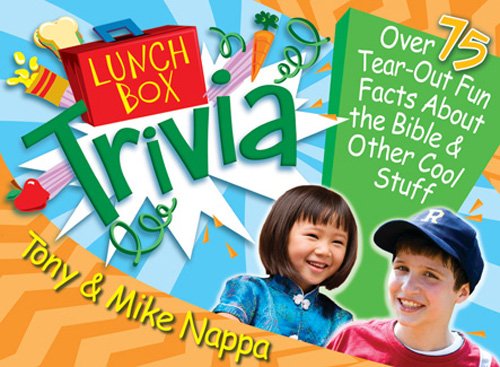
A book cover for Lunch Box Trivia: Over 75 Tear-Out Fun Facts About the Bible & Other Cool Stuff (Lunch Box Books); Tony & Mike Nappa; Humor & Entertainment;